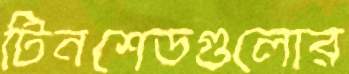
টিনশেডগুলোর